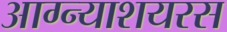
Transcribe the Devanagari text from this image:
आग्न्याशयरस